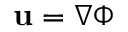
\mathbf { u } = \nabla \Phi